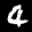
Label: 4